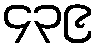
၄၃၉